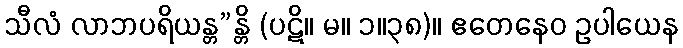
သီလံ လာဘပရိယန္တ”န္တိ (ပဋိ။ မ။ ၁။၃၈)။ ဧတေနေဝ ဥပါယေန